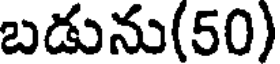
బడును(50)